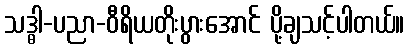
သဒ္ဓါ-ပညာ-ဝီရိယတိုးပွားအောင် ပို့ချသင့်ပါတယ်။